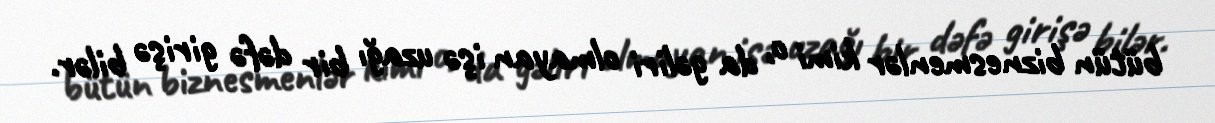
bütün biznesmenlər kimi o, da gəliri olmayan işə uzağı bir dəfə girişə bilər.